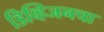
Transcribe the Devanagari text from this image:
डिव्हिजनचा